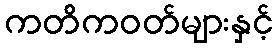
ကတိကဝတ်များနှင့်